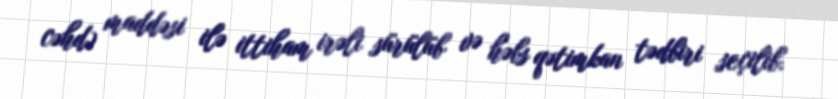
cəhd) maddəsi ilə ittiham irəli sürülüb və həbs qətimkan tədbiri seçilib.